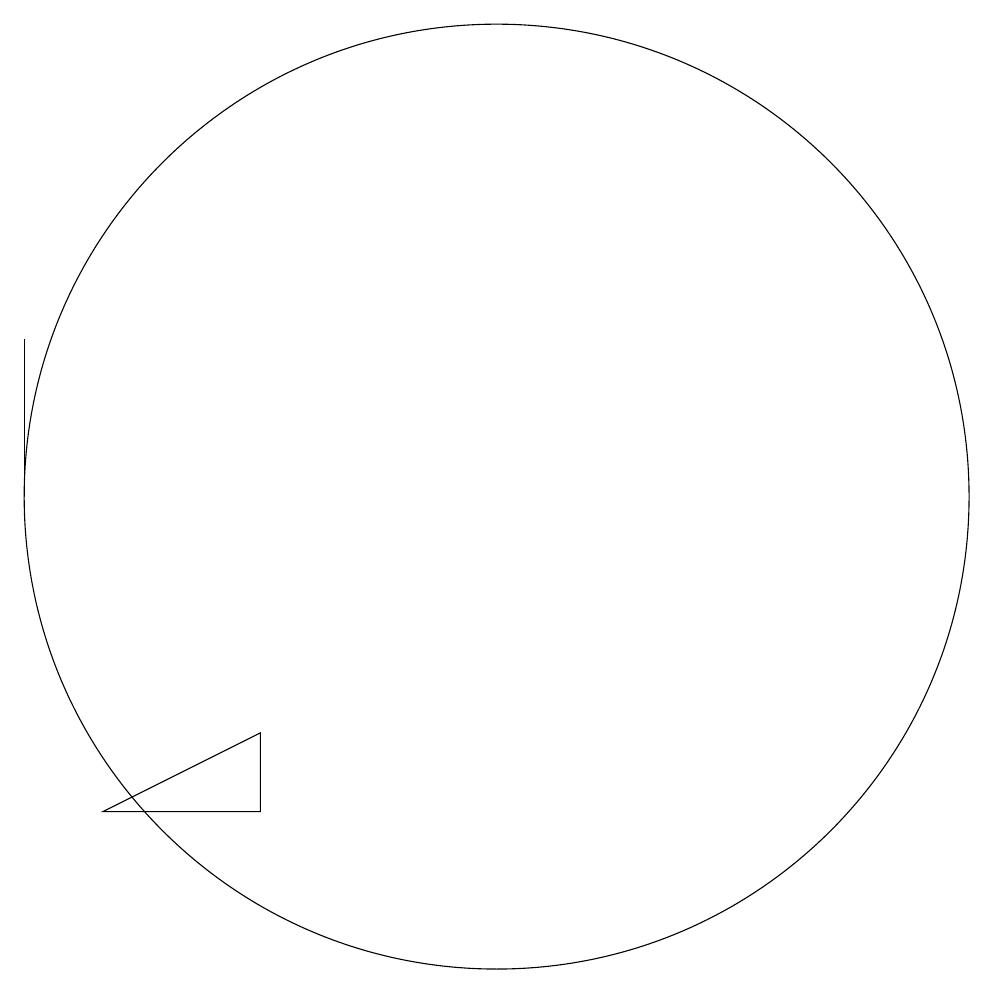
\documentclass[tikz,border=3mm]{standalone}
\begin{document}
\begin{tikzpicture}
\draw (5,12) rectangle (5,10);
\draw (6,6) -- (8,6) -- (8,7) -- cycle;
\draw (11,10) circle (6);
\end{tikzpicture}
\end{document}